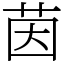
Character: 茵